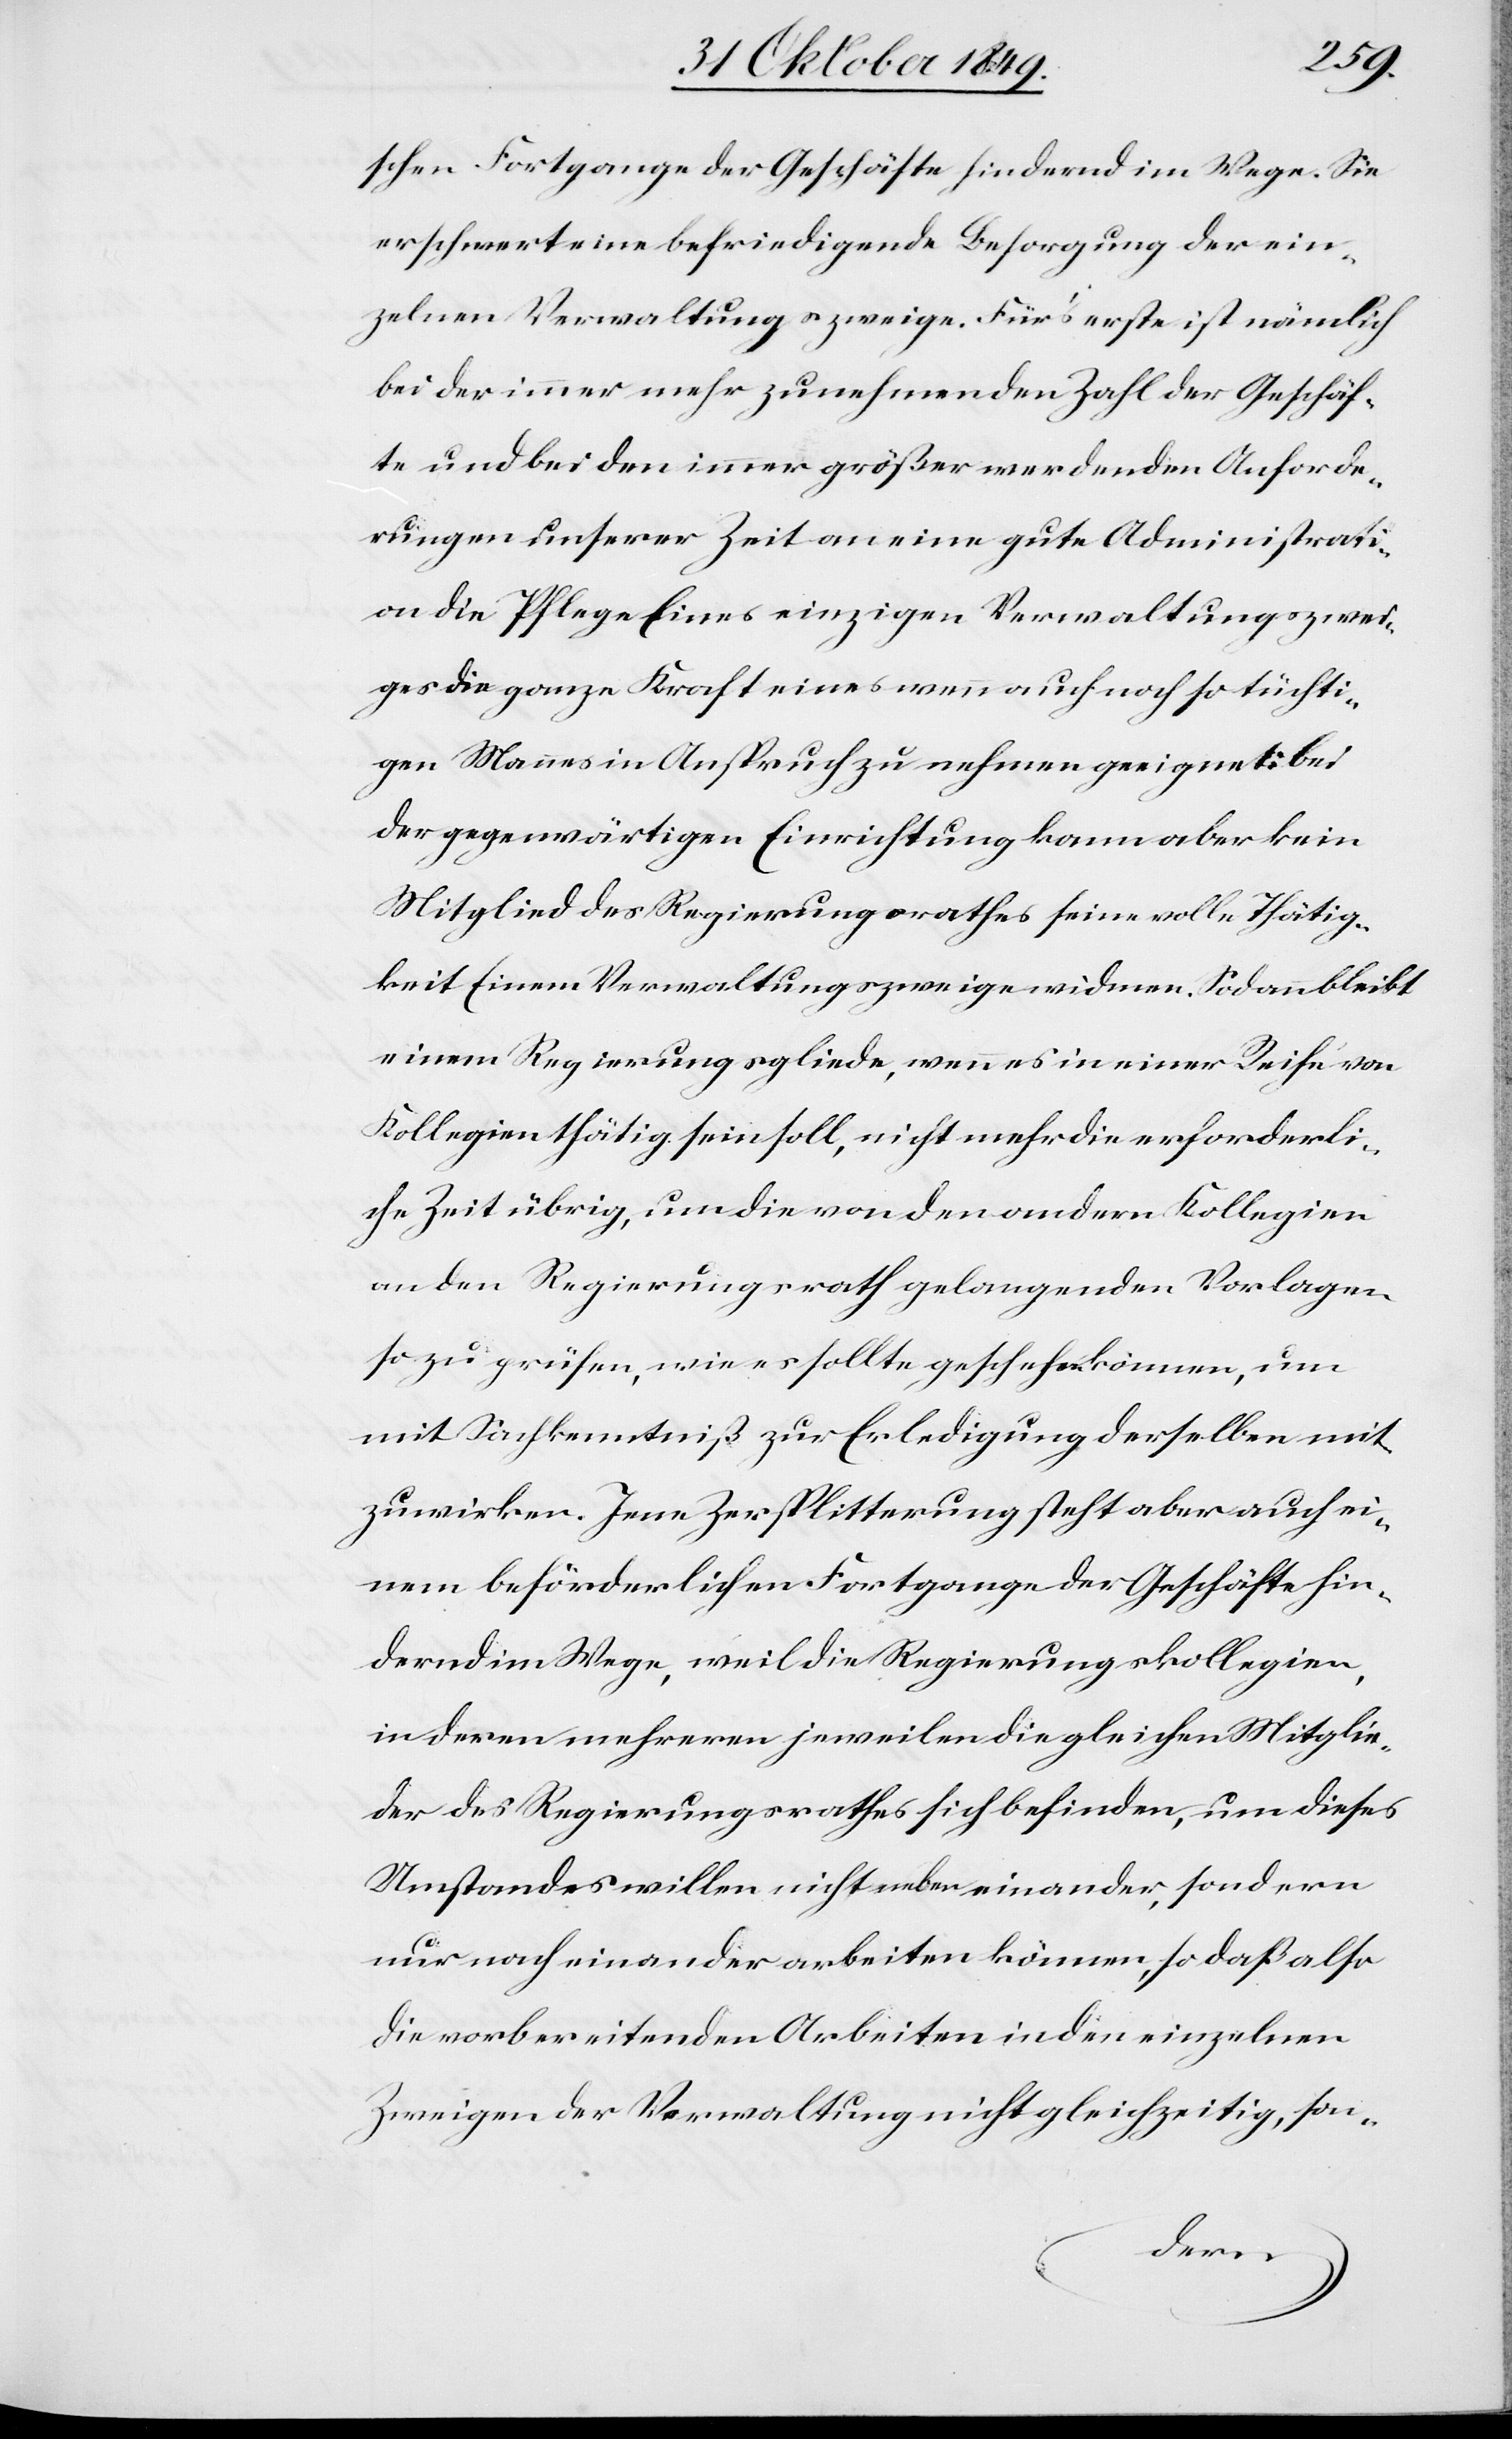
schen Fortgange der Geschäfte hindernd im Wege. Sie
erschwert eine befriedigende Besorgung der ein¬
zelnen Verwaltungszweige. Für’s erste ist nämlich
bei der immer mehr zunehmenden Zahl der Geschäf¬
te und bei den immer größer werdenden Anforde¬
rungen unserer Zeit an eine gute Administrati¬
on die Pflege Eines einzigen Verwaltungszwei¬
ges die ganz Kraft eines wenn auch noch so tüchti¬
gen Mannes in Anspruch zu nehmen geeignet: bei
der gegenwärtigen Einrichtung kann aber kein
Mitglied des Regierungsrathes seine volle Thätig¬
keit Einem Verwaltungszweige widmen. Sodann bleibt
einem Regierungsgliede, wenn es in einer Reihe von
Kollegien thätig sein soll, nicht mehr die erforderli¬
che Zeit übrig, um die von den andern Kollegien
an den Regierungsrath gelangenden Vorlagen
so zu prüfen, wie es sollte geschehen können, um
mit Sachkenntniß zur Erledigung derselben mit¬
zuwirken. Jene Zersplitterung steht aber auch ei¬
nem beförderlichen Fortgange der Geschäfte hin¬
dernden im Wege, weil die Regierungskollegien,
in deren mehreren jeweilen die gleichen Mitglie¬
der des Regierungsrathes sich befinden, um dieses
Umstandes willen nicht nebeneinander, sondern
nur nach einander arbeiten können, so daß also
die vorbereitenden Arbeiten in den einzelnen
Zweigen der Verwaltung nicht gleichzeitig, son-